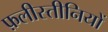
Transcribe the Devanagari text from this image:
फ़लीस्तीनियों